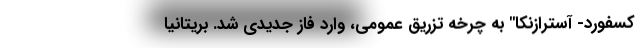
کسفورد- آسترازنکا" به چرخه تزریق عمومی، وارد فاز جدیدی شد. بریتانیا